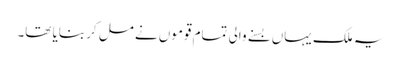
یہ ملک یہاں بسنے والی تمام قوموں نے مل کر بنایا تھا۔